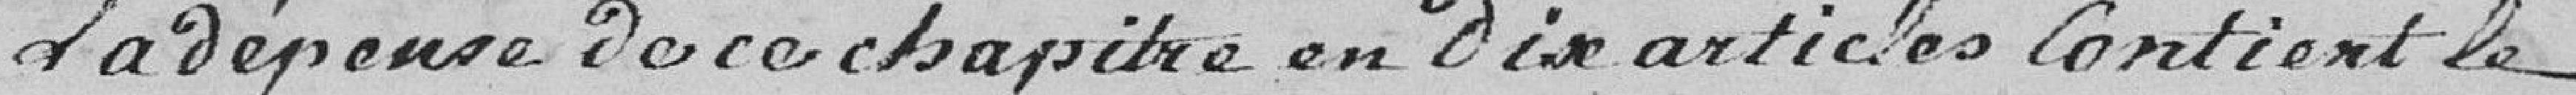
La dépense de ce chapitre en dix articles contient le